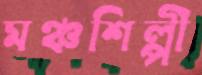
মঞ্চশিল্পী